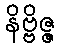
နိဗ္ဗိဇ္ဇ